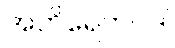
အတိရေကပဒါ